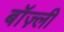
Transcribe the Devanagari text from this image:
बॉज़्ली